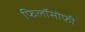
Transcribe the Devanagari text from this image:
फिलॉसोफ़ी